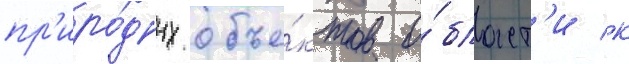
пр'иро́дных объе́ктов о́бласт'и к